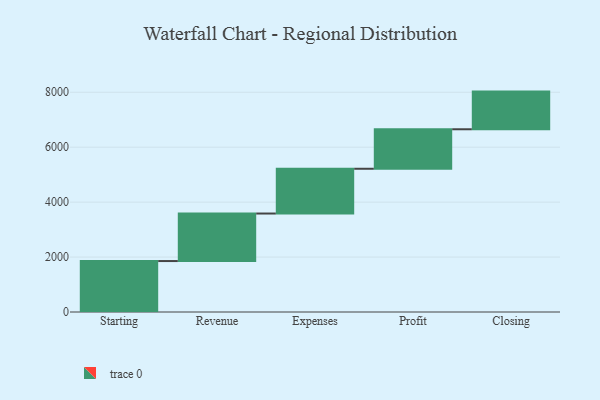
{"axis": {"x": "Step", "y": "Value"}, "legend": [""], "data": [{"x": "Starting", "y": 1855.0, "type": ""}, {"x": "Revenue", "y": 1730.0, "type": ""}, {"x": "Expenses", "y": 1630.0, "type": ""}, {"x": "Profit", "y": 1438.0, "type": ""}, {"x": "Closing", "y": 1371.0, "type": ""}]}